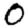
Digit: 0